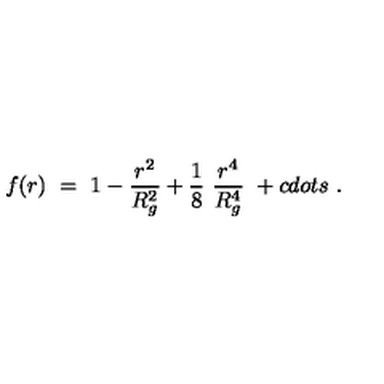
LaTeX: f ( r ) \ = \ 1 - \frac { r ^ { 2 } } { R _ { g } ^ { 2 } } + \frac 1 8 \ \frac { r ^ { 4 } } { R _ { g } ^ { 4 } } \ + c d o t s \ .